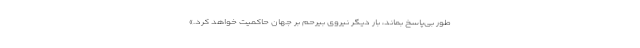
طور بی‌پاسخ بماند، بار دیگر نیروی بیرحم بر جهان حاکمیت خواهد کرد.»